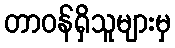
တာဝန်ရှိသူများမှ